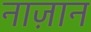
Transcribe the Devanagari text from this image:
नाज़ान